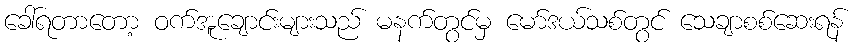
ခေါ်ရတာတော့ ဝက်အူချောင်းများသည် မနက်တွင်မှ မော်ဒယ်သစ်တွင် သေချာစစ်ဆေးရန်